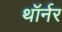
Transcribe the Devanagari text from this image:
थॉर्नर